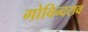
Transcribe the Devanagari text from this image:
गोविन्दराव